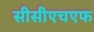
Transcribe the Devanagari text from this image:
सीसीएचएफ